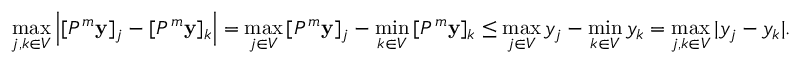
\operatorname* { m a x } _ { j , k \in V } \left| [ P ^ { m } \mathbf { y } ] _ { j } - [ P ^ { m } \mathbf { y } ] _ { k } \right| = \operatorname* { m a x } _ { j \in V } \, [ P ^ { m } \mathbf { y } ] _ { j } - \operatorname* { m i n } _ { k \in V } \, [ P ^ { m } \mathbf { y } ] _ { k } \leq \operatorname* { m a x } _ { j \in V } y _ { j } - \operatorname* { m i n } _ { k \in V } y _ { k } = \operatorname* { m a x } _ { j , k \in V } | y _ { j } - y _ { k } | .